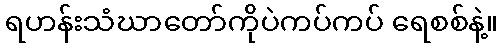
ရဟန်းသံဃာတော်ကိုပဲကပ်ကပ် ရေစစ်နဲ့။